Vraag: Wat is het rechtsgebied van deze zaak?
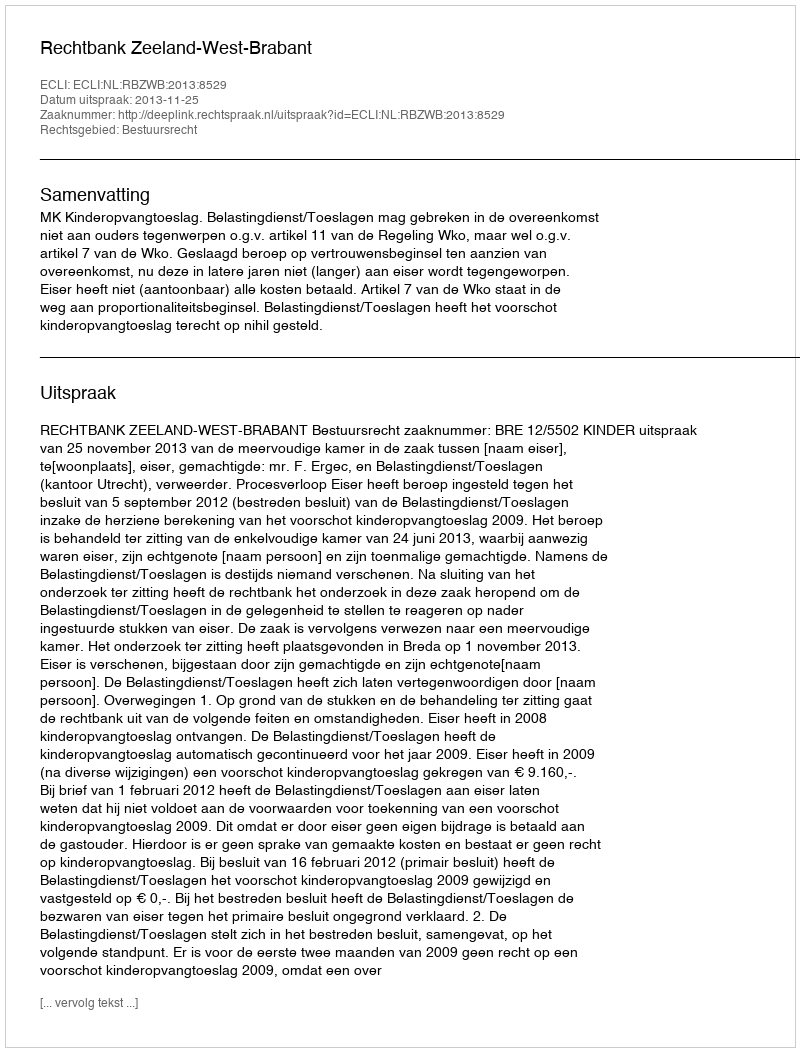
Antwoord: Bestuursrecht